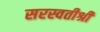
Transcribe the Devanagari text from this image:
सरस्वतीश्री